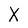
Character: X